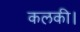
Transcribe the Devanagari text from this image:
कलकी।